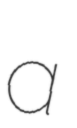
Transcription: a